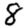
Digit: 8